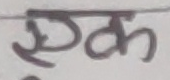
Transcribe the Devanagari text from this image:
एक